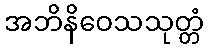
အဘိနိဝေသသုတ္တံ